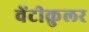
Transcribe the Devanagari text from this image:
वेंटीक्रुलर